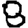
Digit: 8